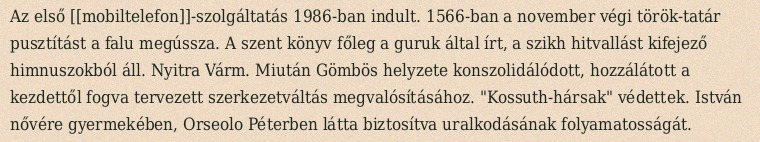
Az első [[mobiltelefon]]-szolgáltatás 1986-ban indult. 1566-ban a november végi török-tatár pusztítást a falu megússza. A szent könyv főleg a guruk által írt, a szikh hitvallást kifejező himnuszokból áll. Nyitra Várm. Miután Gömbös helyzete konszolidálódott, hozzálátott a kezdettől fogva tervezett szerkezetváltás megvalósításához. "Kossuth-hársak" védettek. István nővére gyermekében, Orseolo Péterben látta biztosítva uralkodásának folyamatosságát.